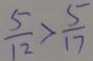
\frac { 5 } { 1 2 } > \frac { 5 } { 1 7 }